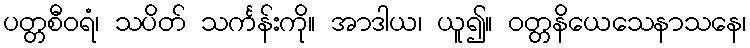
ပတ္တစီဝရံ၊ သပိတ် သင်္ကန်းကို။ အာဒါယ၊ ယူ၍။ ဝတ္တနိယေသေနာသနေ၊